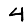
Digit: 4